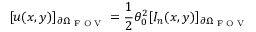
[ u ( x , y ) ] _ { \partial \Omega _ { \textrm { F O V } } } = \frac { 1 } { 2 } \theta _ { 0 } ^ { 2 } [ I _ { n } ( x , y ) ] _ { \partial \Omega _ { \textrm { F O V } } }